Bombay plague: being a history of the progress of plague in the Bombay presidency from September 1896 to June 1899
Year: 1896
Disease focus: Plague
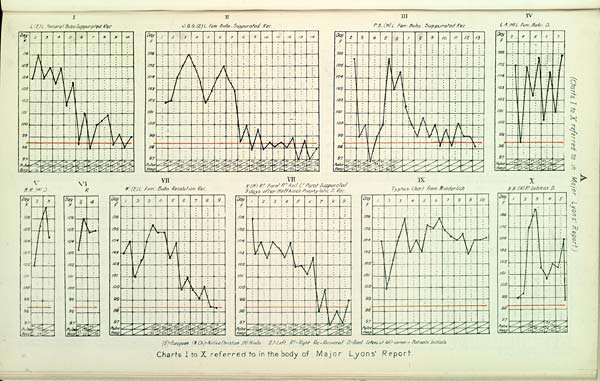
A
(Charts
I
L (E) L. Femoral Bubo Suppurated Rec.
II
J G.G. (E) L. Fem. Bubo. Suppurated Rec.
III
P.S. (H) L. Fem. Bubo. Suppurated Rec.
IV
L.A. (H)L fem. Bubo. D.
V
B.R. (H) D
VI
R
VII
W. (E) L Fem. Bubo Resolution Rec.
VII
K (H) R t Parot R t Axil L t Parot Suppurated
9 days after Haffkines Prophylatic S. Rec.
IX
Typhus Chart from Wunderlich
X
B.B. (H) R t Submax D.
(E)=European. (N. Ch.)=Native Christian. (H) Hindu. (L) = Left. R t = Right. Rec = Recovered D = Died. Letters at left corner = Patients' Initials.
Charts I to X referred to in the body of Major Lyons' Report.